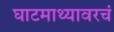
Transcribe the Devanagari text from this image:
घाटमाथ्यावरचं